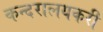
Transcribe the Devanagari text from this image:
कन्दरालयकरी